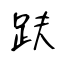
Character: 趺